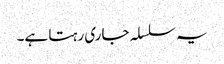
یہ سلسلہ جاری رہتا ہے۔